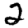
Digit: 2